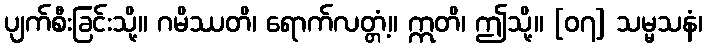
ပျက်စီးခြင်းသို့။ ဂမိဿတိ၊ ရောက်လတ္တံ့။ ဣတိ၊ ဤသို့။ [၀၇] သမ္မသနံ၊